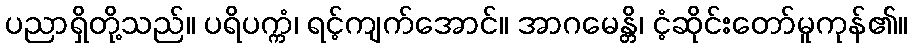
ပညာရှိတို့သည်။ ပရိပက္ကံ၊ ရင့်ကျက်အောင်။ အာဂမေန္တိ၊ ငံ့ဆိုင်းတော်မူကုန်၏။